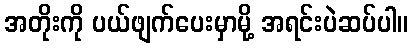
အတိုးကို ပယ်ဖျက်ပေးမှာမို့ အရင်းပဲဆပ်ပါ။